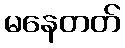
မနေတတ်